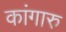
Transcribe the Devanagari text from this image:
कांगारु